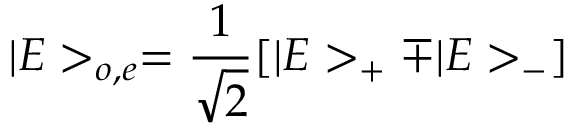
| E > _ { o , e } = \frac { 1 } { \sqrt 2 } [ | E > _ { + } \mp | E > _ { - } ]